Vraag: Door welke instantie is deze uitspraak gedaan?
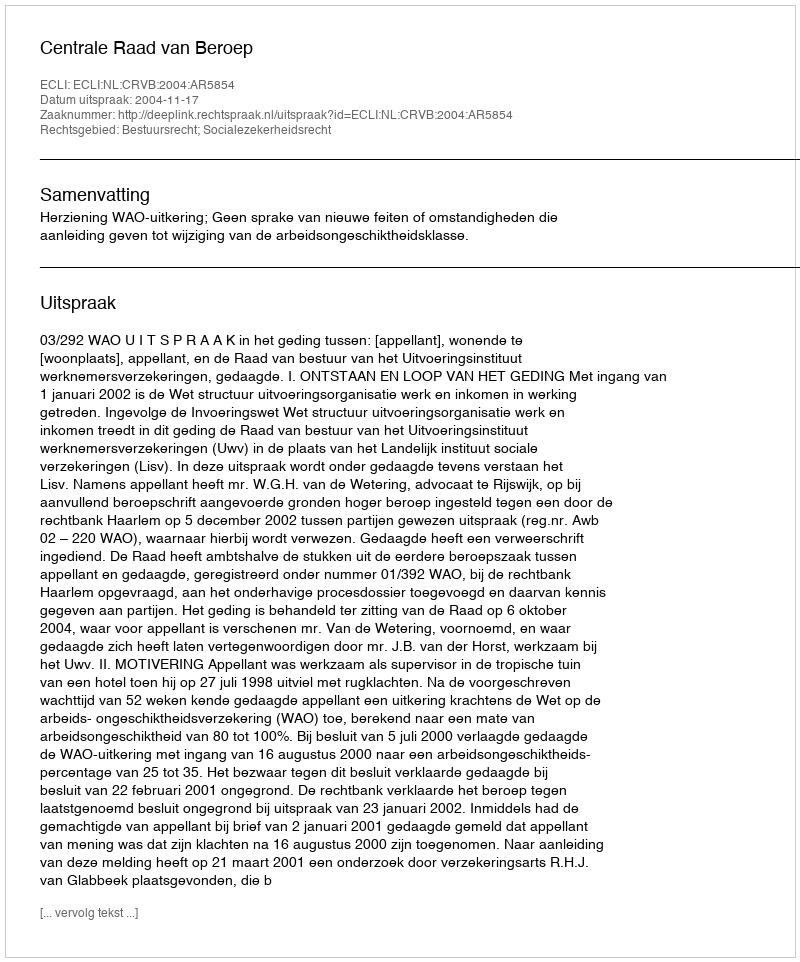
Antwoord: Centrale Raad van Beroep